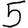
Digit: 5